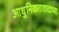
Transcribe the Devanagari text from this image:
आधुनिकतावादाच्या